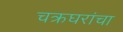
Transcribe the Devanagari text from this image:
चक्रघरांचा